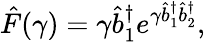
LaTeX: \hat{F}(\gamma)=\gamma\hat{b}_{1}^{\dagger}e^{\gamma\hat{b}_{1}^{\dagger}\hat{b}_{2}^{\dagger}},